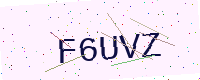
Text: F6UVZ